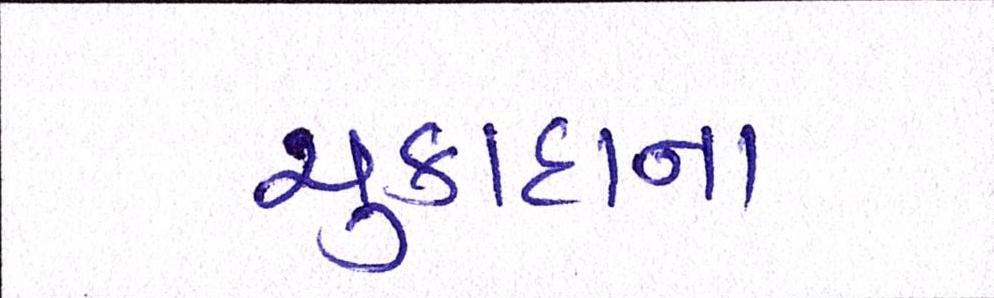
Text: ચુકાદાના